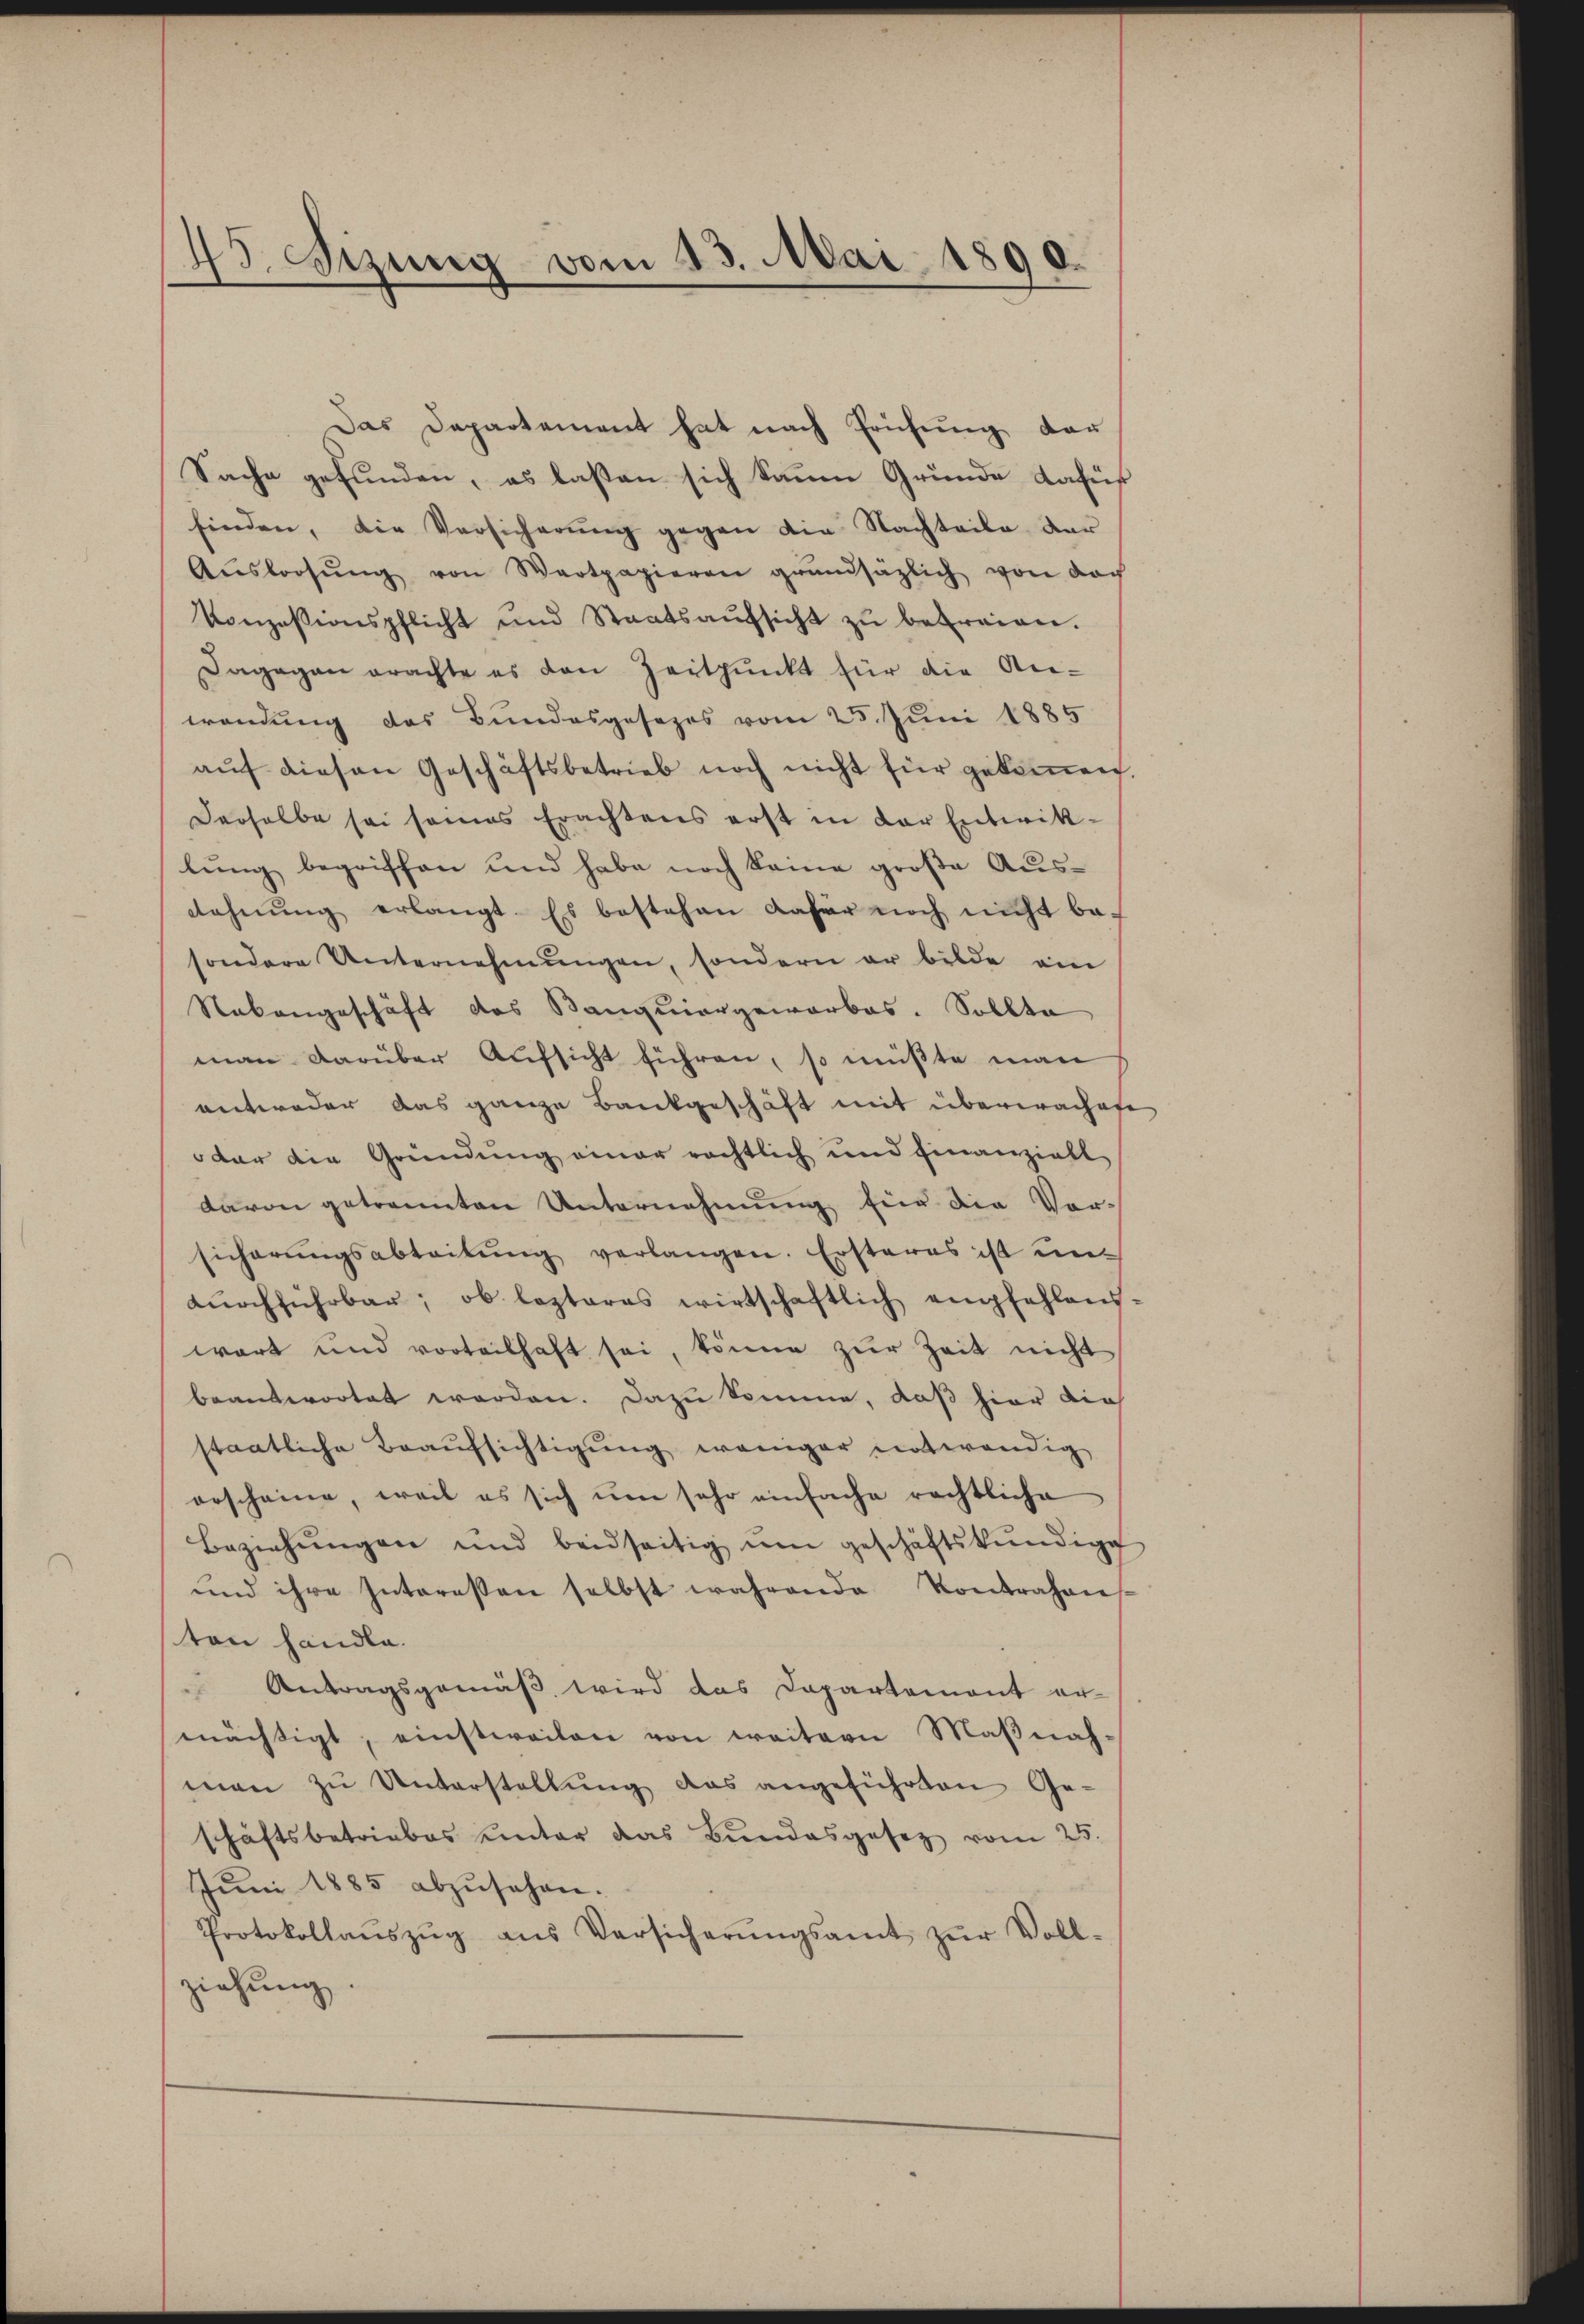
45. Sizung vom 13. Mai 1890.

Das Departement hat nach Prüfung der
Sache gefunden, es lassen sich kaum Grunde Casus
finden, die Versicherung gegen die Nachteile der
Aŭsloosŭng von Wertpapieren grŭndsätzlich von doch
Konzessionspflicht und Staatsaŭfsicht zŭ befreien.
Dagegen erachte es den Zeitpunkt für die Anwendung des Bundesgesezes vom 25. Juni 1885
aŭf diesen Geschäftsbetrieb noch nicht für gekommen
Derselbe sei seines Erachtens erst in der Entwik-
lung begriffen und habe noch keine große Aus¬
Rahnŭng erlangt. Es bestehen dafür noch nicht bef
sondere Unternehmŭngen, sondern er bilde ein
Nabangeschäft das Banquiergeworbes. Sollte
man darüber Aufsicht führen, so müßte man
entweder das ganze Bankgeschäft mit überwachen
dar die Gründung einer rechtlich und finanziell
davon getrannten Unternehmung für die Vorsicherŭngsabteilŭng verlangen. Ersteres ist undŭrchführbar; ob lezteres wirtschaftlich empfehlens
wart und vorteilhaft sei, könne zŭr Zeit nicht
beantwortet worden. Dazu komme, daß hier die
staatliche Beaufsichtigung weniger unterendig
erscheine, weil es sich ŭm sehr einfache rechtliche
Beziehŭngen und beidseitig um geschäftskŭndige
und ihre Interessen selbst währende Kontrahen
ten handle.
 Antragsgemäß wird das Departement er-
mächtigt, einstweilen von weitern Maβnah-
man zŭ Unterstellŭng das angeführten Ge-
schäftsbetriebes unter das Bundesgesetz vom 25.
Jŭni 1885 abzŭsehen.
Protokollaŭszŭg ans Versicherŭngsamt zŭr Voll-
ziehung.

¬